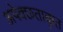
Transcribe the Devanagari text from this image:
अपेक्छताकृत